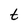
Character: t